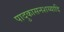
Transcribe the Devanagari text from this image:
पादुकासनशय्यादि